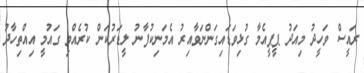
ރައީސް ވަހީދު މިއަދު ޕީޕީއެމާ ގުޅިވަޑައިގަންނަވާއިރު އެމަނިކުފާނު ލީޑަރުކަން ކުރެއްވި ގައުމީ އިއްތިހާދު